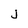
Character: j